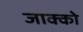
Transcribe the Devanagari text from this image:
जाक्को